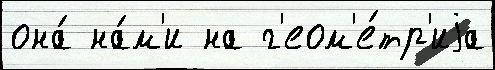
она́ на́м'и на г'еом'е́тр'иjа